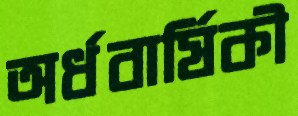
অর্ধবার্ষিকী